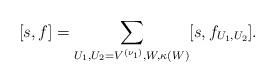
LaTeX: \begin{align*} [s,f]=\sum_{U_1,U_2=V^{(\nu_1)},W,\kappa(W)} [s,f_{U_1,U_2}].\end{align*}